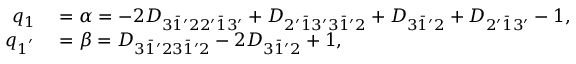
\begin{array} { r l } { q _ { 1 } } & { { } = \alpha = - 2 { D _ { 3 \bar { 1 } ^ { \prime } 2 2 ^ { \prime } \bar { 1 } 3 ^ { \prime } } } + { D _ { 2 ^ { \prime } \bar { 1 } 3 ^ { \prime } 3 \bar { 1 } ^ { \prime } 2 } } + { D _ { 3 \bar { 1 } ^ { \prime } 2 } } + { D _ { 2 ^ { \prime } \bar { 1 } 3 ^ { \prime } } } - 1 , } \\ { q _ { 1 ^ { ' } } } & { { } = \beta = { D _ { 3 \bar { 1 } ^ { \prime } 2 3 \bar { 1 } ^ { \prime } 2 } } - 2 { D _ { 3 \bar { 1 } ^ { \prime } 2 } } + 1 , } \end{array}